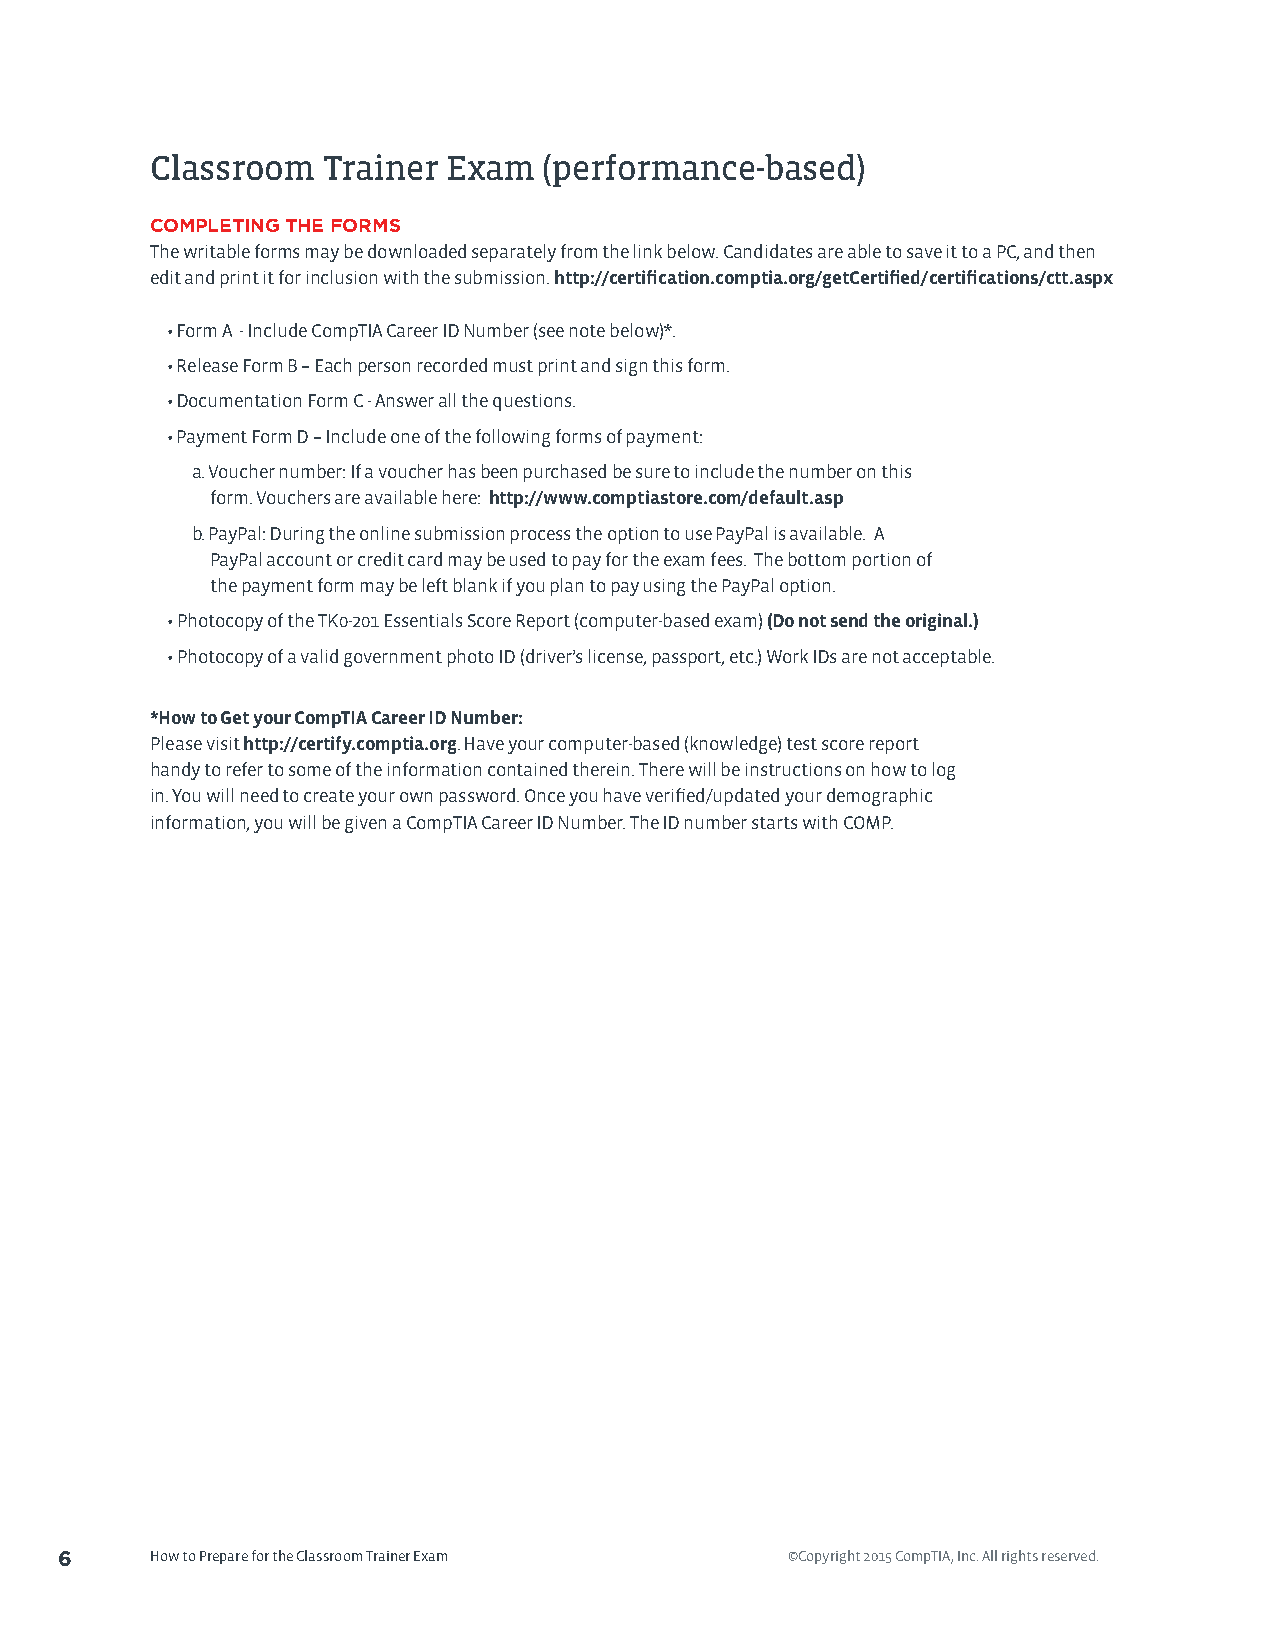
Classroom  Trainer  Exam  (performance-based)
 COMPLETING THE FORMS
 The writable forms may be downloaded separately from the link below. Candidates are able to save it to a PC, and then
 edit and print it for inclusion with the submission. http://certification.comptia.org/getCertified/certifications/ctt.aspx
 • Form A - Include CompTIA Career ID Number (see note below)*.
 • Release Form B – Each person recorded must print and sign this form.
 • Documentation Form C - Answer all the questions.
 • Payment Form D – Include one of the following forms of payment:
 a. Voucher number: If a voucher has been purchased be sure to include the number on this
 form. Vouchers are available here: http://www.comptiastore.com/default.asp
 b. PayPal: During the online submission process the option to use PayPal is available. A
 PayPal account or credit card may be used to pay for the exam fees. The bottom portion of
 the payment form may be left blank if you plan to pay using the PayPal option.
 • Photocopy of the TK0-201 Essentials Score Report (computer-based exam) (Do not send the original.)
 • Photocopy of a valid government photo ID (driver’s license, passport, etc.) Work IDs are not acceptable.
 *How to Get your CompTIA Career ID Number:
 Please visit http://certify.comptia.org. Have your computer-based (knowledge) test score report
 handy to refer to some of the information contained therein. There will be instructions on how to log
 in. You will need to create your own password. Once you have verified/updated your demographic
 information, you will be given a CompTIA Career ID Number. The ID number starts with COMP.
 6     How to Prepare for the Classroom Trainer Exam ©Copyright 2015 CompTIA, Inc. All rights reserved.